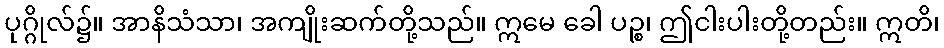
ပုဂ္ဂိုလ်၌။ အာနိသံသာ၊ အကျိုးဆက်တို့သည်။ ဣမေ ခေါ ပဉ္စ၊ ဤငါးပါးတို့တည်း။ ဣတိ၊